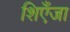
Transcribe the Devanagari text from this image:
शिएँजा